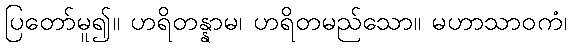
ပြတော်မူ၍။ ဟရိတန္နာမ၊ ဟရိတမည်သော။ မဟာသာဝကံ၊